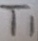
Text: T1